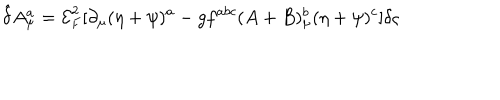
{ \hat { \delta } } A _ { \mu } ^ { a } = { \mathcal { E } } _ { F } ^ { 2 } [ \partial _ { \mu } ( \eta + \psi ) ^ { a } - g f ^ { a b c } ( A + B ) _ { \mu } ^ { b } ( \eta + \psi ) ^ { c } ] \delta \varsigma